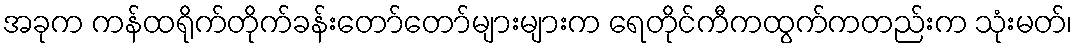
အခုက ကန်ထရိုက်တိုက်ခန်းတော်တော်များများက ရေတိုင်ကီကထွက်ကတည်းက သုံးမတ်၊